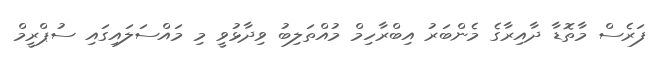
ފަރެސް މާތޮޑާ ދާއިރާގެ މެންބަރު އިބްރާހިމް މުއްތަލިބު ވިދާޅުވީ މި މައްސަލައިގައި ސުޕްރީމް